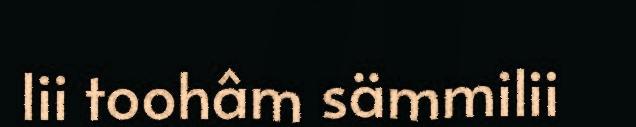
lii toohâm sämmilii